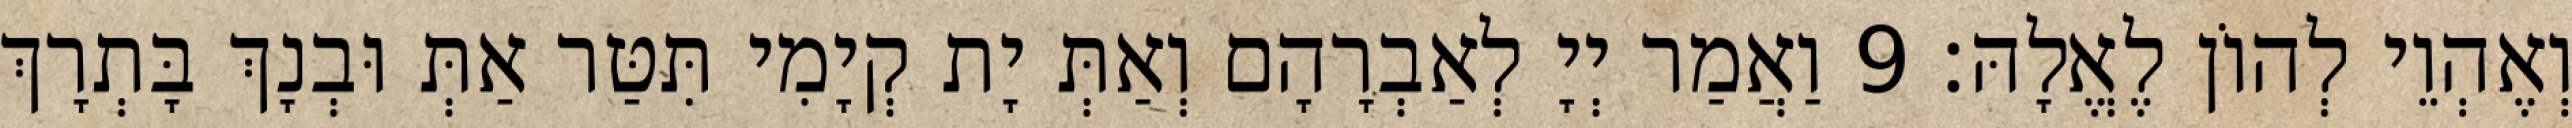
וְאֶהְוֵי לְהוֹן לֶאֱלָהּ׃ 9 וַאֲמַר יְיָ לְאַבְרָהָם וְאַתְּ יָת קְיָמִי תִּטַּר אַתְּ וּבְנָךְ בָּתְרָךְ